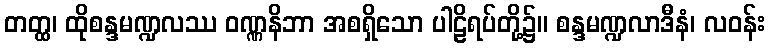
တတ္ထ၊ ထိုစန္ဒမဏ္ဍလဿ ဝဏ္ဏနိဘာ အစရှိသော ပါဠိရပ်တို့၌။ စန္ဒမဏ္ဍလာဒီနံ၊ လဝန်း